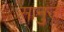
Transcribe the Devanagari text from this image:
सानुज